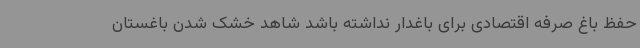
حفظ باغ صرفه اقتصادی برای باغدار نداشته باشد شاهد خشک شدن باغستان